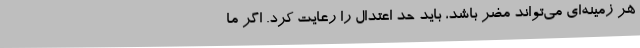
هر زمینه‌ای می‌تواند مضر باشد، باید حد اعتدال را رعایت کرد. اگر ما